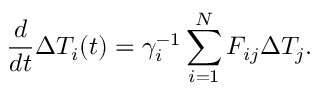
\frac { d } { d t } \Delta { T } _ { i } ( t ) = \gamma _ { i } ^ { - 1 } \sum _ { i = 1 } ^ { N } F _ { i j } \Delta T _ { j } .